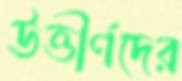
ঊত্তীর্ণদের